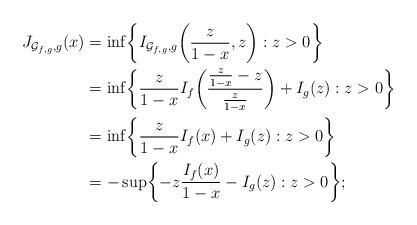
LaTeX: \begin{align*}J_{\mathcal{G}_{f,g},g}(x)&=\inf \biggl\{I_{\mathcal{G}_{f,g},g} \biggl(\frac{z}{1-x},z\biggr):z>0 \biggr\}\\&=\inf \biggl\{\frac{z}{1-x}I_f \biggl(\frac{\frac{z}{1-x}-z}{\frac{z}{1-x}}\biggr)+I_g(z):z>0 \biggr\}\\&=\inf \biggl\{\frac{z}{1-x}I_f(x)+I_g(z):z>0\biggr\}\\&=-\sup \biggl\{-z\frac{I_f(x)}{1-x}-I_g(z):z>0 \biggr\};\end{align*}